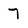
Character: 7